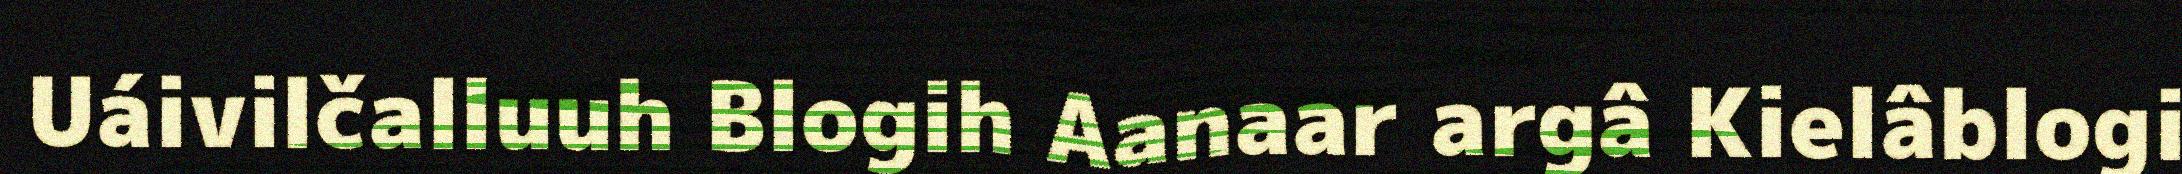
Uáivilčalluuh Blogih Aanaar argâ Kielâblogi